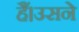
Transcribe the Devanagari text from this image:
हैं।उसने